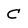
Character: C